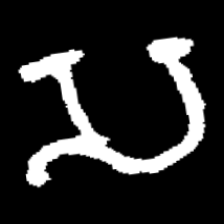
Pyu character \u2014 Myanmar letter: သ (romanized: sa)